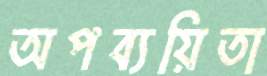
অপব্যয়িতা